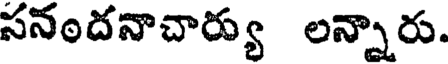
సనందనాచార్యు లన్నారు.